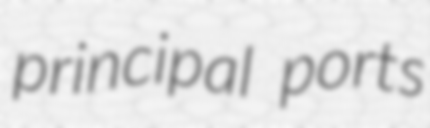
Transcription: principal ports